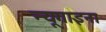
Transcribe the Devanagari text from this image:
न्यूगाइना